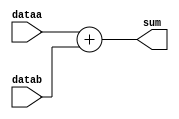
`timescale 1ns / 1ps
//////////////////////////////////////////////////////////////////////////////////
// Company: 
// Engineer: 
// 
// Design Name: 
// Module Name: adder
// Project Name: 
// Target Devices: 
// Tool Versions: 
// Description: 
// 
// Dependencies: 
// 
// Revision:
// Revision 0.01 - File Created
// Additional Comments:
// 
//////////////////////////////////////////////////////////////////////////////////


module adder(

    input [15:0]dataa,
    input [15:0]datab,
    output [15:0]sum

    );
    
    assign sum = dataa + datab;
    
endmodule